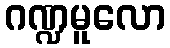
ဂဏ္ဍမူလော